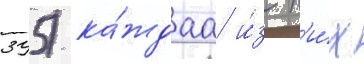
395) ка́ждаа и́з н'и́х